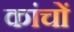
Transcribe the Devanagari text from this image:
कांचों